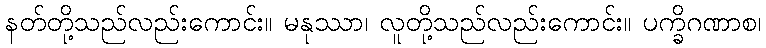
နတ်တို့သည်လည်းကောင်း။ မနုဿာ၊ လူတို့သည်လည်းကောင်း။ ပက္ခိဂဏာစ၊